Source: Handwritten
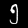
Digit: ၅ (5)